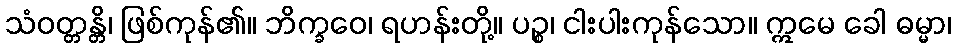
သံဝတ္တန္တိ၊ ဖြစ်ကုန်၏။ ဘိက္ခဝေ၊ ရဟန်းတို့။ ပဉ္စ၊ ငါးပါးကုန်သော။ ဣမေ ခေါ ဓမ္မာ၊